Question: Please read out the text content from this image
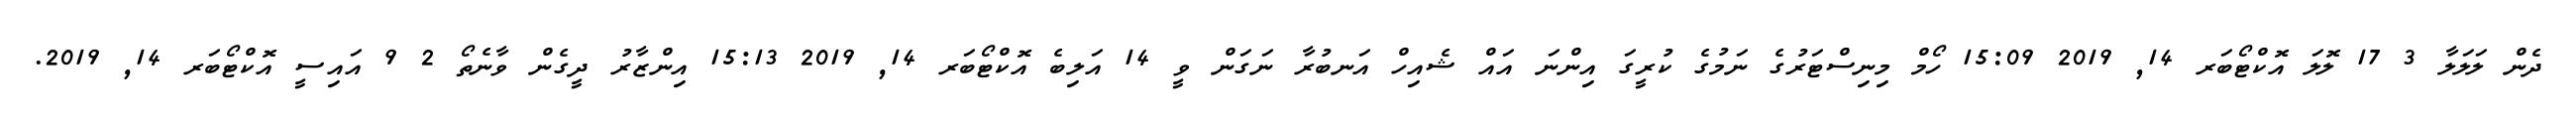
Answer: ދެން ލަލަލާ 3 17 ލޮލަ އޮކްޓޯބަރ 14, 2019 15:09 ހޯމް މިނިސްޓަރުގެ ނަމުގެ ކުރީގަ އިންނަ އައް ޝެއިހް އަނބުރާ ނަގަން ވީ 14 އަލިބެ އޮކްޓޯބަރ 14, 2019 15:13 އިންޒާރު ދީގެން ވާނެތޯ 2 9 އައިސީ އޮކްޓޯބަރ 14, 2019.